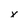
Character: x